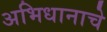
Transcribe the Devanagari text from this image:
अभिधानाचे